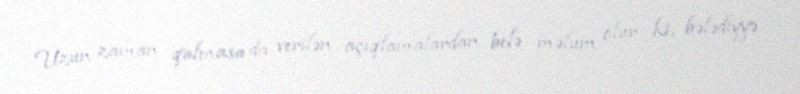
Uzun zaman qalmasa da verilən açıqlamalardan belə məlum olur ki, bələdiyyə